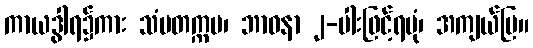
ကာယဒွါရ၌ကား သံမတက္ကမ၊ ဘာဝနာ ၂-ပါးဖြင့်ရပုံ၊ အကျယ်ပြ။